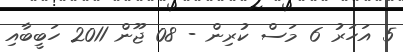
5 އަހަރު 6 މަސް ކުރިން - 08 ޖޫން 2011 ހަބީބާއި